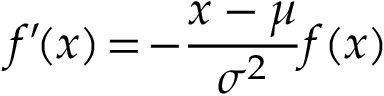
f ^ { \prime } \! ( x ) \! = \! - \! \, { \frac { x - \mu } { \sigma ^ { 2 } } } f ( x )